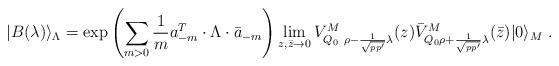
LaTeX: \begin{align*}|B(\lambda)\rangle_\Lambda=\exp\left(\sum_{m>0}\frac{1}{m} a^T_{-m}\cdot\Lambda\cdot\bar{a}_{-m}\right)\lim_{z,\bar{z}\to 0}V^M_{Q_0\ \rho-\frac{1}{\sqrt{pp'}} \lambda}(z)\bar{V}^M_{Q_0 \rho+\frac{1}{\sqrt{pp'}} \lambda}(\bar{z})|0\rangle_{M}\;.\end{align*}